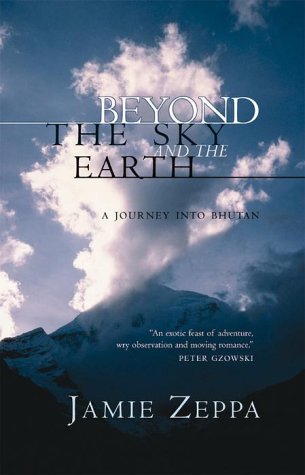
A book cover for Beyond the Sky and the Earth : A Journey into Bhutan; Jamie Zeppa; Travel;